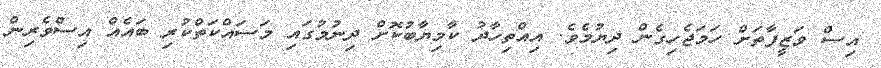
އިސް ވަޒީފާތަށް ހަމަޖެހިގެން ދިޔުމެވެ. އިއްތިހާދު ކާމިޔާބުކޮށް ދިނުމުގައި މަސައްކަތްކުރި ބައެއް އިސްވެރިން